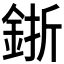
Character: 𨦬